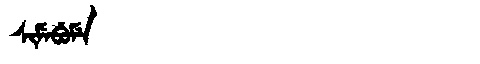
Manchu: ᠰᡳᠮᡝᠪᡠᠮᡝ
Romanization: SIMEBUME